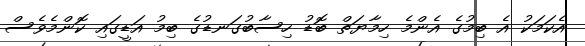
އެކަމަކު އެ ބިމުގެ އެންމެ ހިމާޔަތް ބޮޑު ހިސާބުގަނޑުގެ ބިމު އަޑީގައި ކޮންމެވެސް